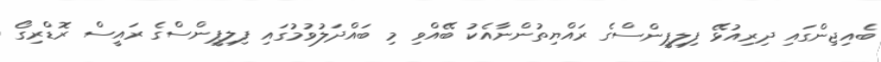
ބެއިޖިންގައި ދިރިއުޅޭ ފިލިޕީންސްގެ ރައްޔިތުންނާއެކު ބޭއްވި މި ބައްދަލުވުމުގައި ފިލިޕީންސްގެ ރައީސް ރޮޑްރިގޯ